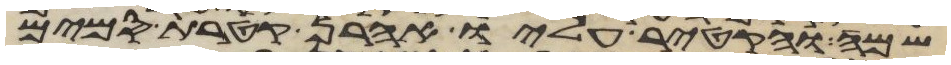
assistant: שמה והקטיר עליו אהרן קטרת סמים